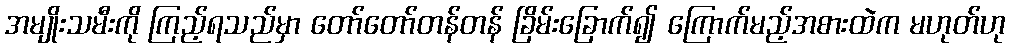
အမျိုးသမီးကို ကြည့်ရသည်မှာ တော်တော်တန်တန် ခြိမ်းခြောက်၍ ကြောက်မည့်အစားထဲက မဟုတ်ဟု